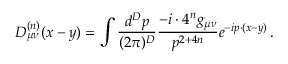
D _ { \mu \nu } ^ { ( n ) } ( x - y ) = \int \frac { d ^ { D } p } { ( 2 \pi ) ^ { D } } \frac { - i \cdot 4 ^ { n } g _ { \mu \nu } } { p ^ { 2 + 4 n } } e ^ { - i p \cdot ( x - y ) } \, .